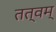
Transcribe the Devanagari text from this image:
तत्वम्